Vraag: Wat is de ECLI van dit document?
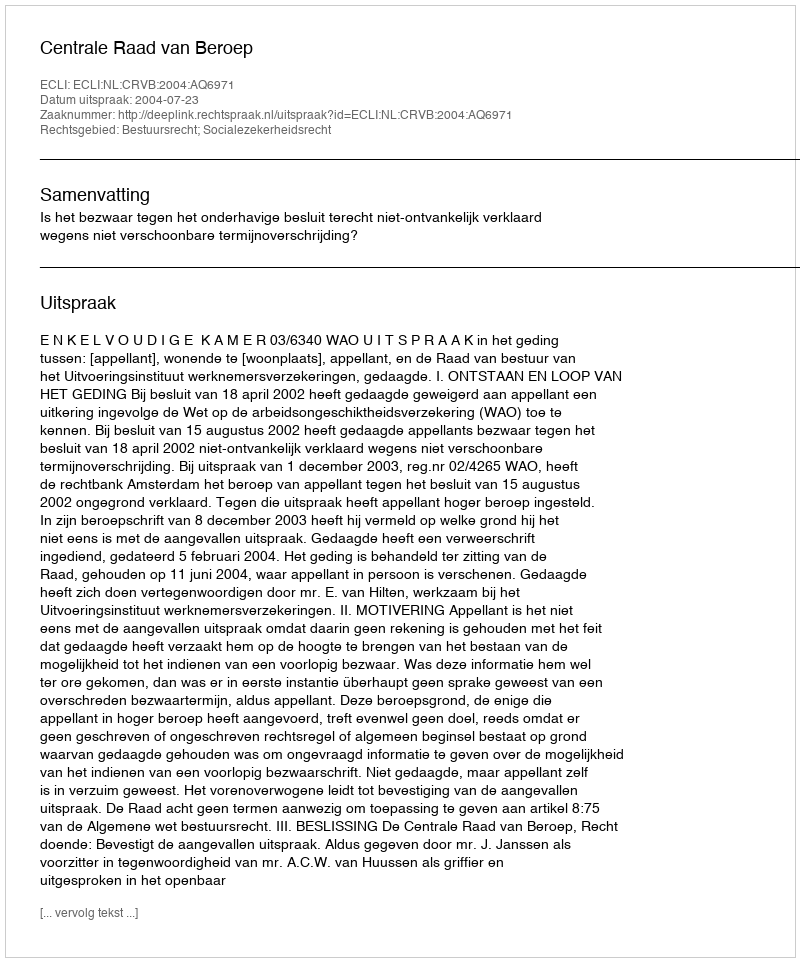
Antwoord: ECLI:NL:CRVB:2004:AQ6971